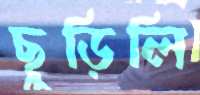
ছুড়িলি